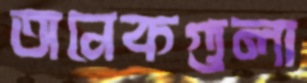
অনেকগুলা